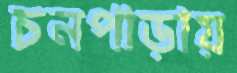
চনপাড়ায়